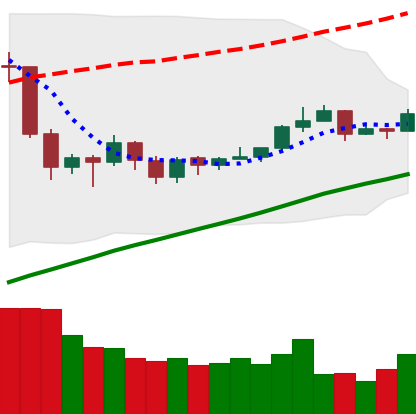
Ticker: EOS-USD
Chart end date: 2019-06-21
Forward return: -4.447%
Label: down_3_5